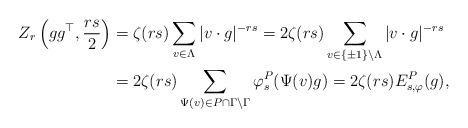
LaTeX: \begin{align*}Z_r\left(gg^\top ,\frac{rs}{2}\right) &= \zeta(rs) \sum_{v\in \Lambda}{|v\cdot g|^{-rs}} = 2\zeta(rs) \sum_{v\in \{\pm 1\}\backslash\Lambda}{|v\cdot g|^{-rs}} \\&= 2\zeta(rs)\sum_{\Psi(v)\in P\cap \Gamma\backslash \Gamma} \varphi_s^P(\Psi(v) g) = 2\zeta(rs)E^P_{s,\varphi}(g),\end{align*}